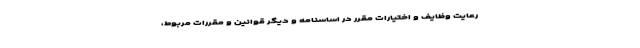
رعایت وظایف و اختیارات مقرر در اساسنامه و دیگر قوانین و مقررات مربوط،